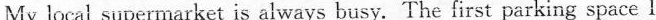
My local supermarket is always busy. The first parking space I